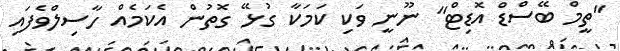
"ތީމް ބޭސްޑް އޮޑިޓް" ނޫނީ ވަކި ކަމަކާ ގުޅޭ ގޮތުން އެކަމެއް ހާސިލްވެފައި